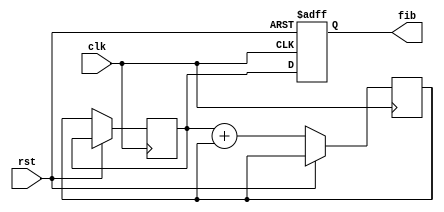
`timescale 1ns / 1ps
 
// Module Name: Fibonacci
 
/*module Fibonacci(
    input clk,
    input rst,
    output  [7:0] fib
);

reg [7:0] a , b ;

always @(posedge clk or posedge rst) begin
    if (rst) begin
        a <= 0; b <= 1; end
    else begin
        a <= b;
        b <= a + b;     
    end
end
assign fib = a;
endmodule*/

module Fibonacci(
    input clk,
    input rst,
    output reg [7:0] fib
);

reg [7:0] a=0 , b=1,next ;

always @(posedge clk or posedge rst) begin
    if (rst)  
        fib <= 0;  
    else begin
        next = a + b;
        a <= b;
        b <= next;  
        fib <= a;   
    end
end
 
endmodule


module tb_Fibonacci();

reg clk = 0, rst = 0;
wire [7:0] fib;

Fibonacci uut (
    .clk(clk),
    .rst(rst),
    .fib(fib)
);

always #5 clk = ~clk;  

initial begin   
    clk = 0;
    rst = 1;
    #10 rst = 0;  
    #100;
    $finish;
end
initial begin
    $monitor("fib = %d", fib);
end
endmodule